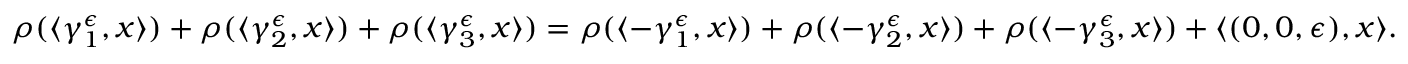
\begin{array} { r } { \rho ( \langle \gamma _ { 1 } ^ { \epsilon } , x \rangle ) + \rho ( \langle \gamma _ { 2 } ^ { \epsilon } , x \rangle ) + \rho ( \langle \gamma _ { 3 } ^ { \epsilon } , x \rangle ) = \rho ( \langle - \gamma _ { 1 } ^ { \epsilon } , x \rangle ) + \rho ( \langle - \gamma _ { 2 } ^ { \epsilon } , x \rangle ) + \rho ( \langle - \gamma _ { 3 } ^ { \epsilon } , x \rangle ) + \langle ( 0 , 0 , \epsilon ) , x \rangle . } \end{array}